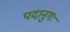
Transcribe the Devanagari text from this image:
पदानुगः